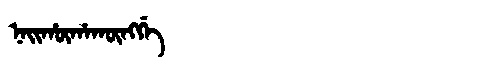
Manchu: ᠨᠠᡳᡥᡡᡥᠠᡴᡡᠩᡤᡝ
Romanization: NAIHŪHAKŪNGGE